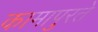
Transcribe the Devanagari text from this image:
कामापुरते